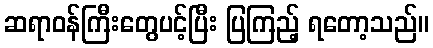
ဆရာဝန်ကြီးတွေပင့်ပြီး ပြကြည့် ရတော့သည်။